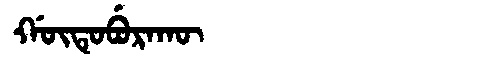
Manchu: ᡤᡡᡨᡠᠪᡠᡵᠠᡴᡡ
Romanization: GŪTUBURAKŪ